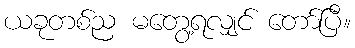
ယခုတစ်ည မတွေ့ရလျှင် တော်ပြီ။